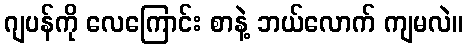
ဂျပန်ကို လေကြောင်း စာနဲ့ ဘယ်လောက် ကျမလဲ။